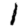
Digit: 1